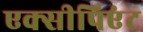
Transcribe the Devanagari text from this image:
एक्सीपिएंट